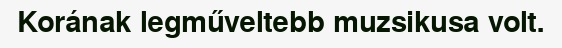
Korának legműveltebb muzsikusa volt.